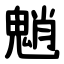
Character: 魈